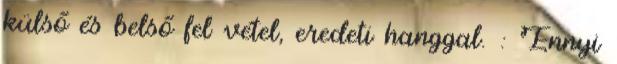
külső és belső fel vétel, eredeti hanggal. : Ennyi